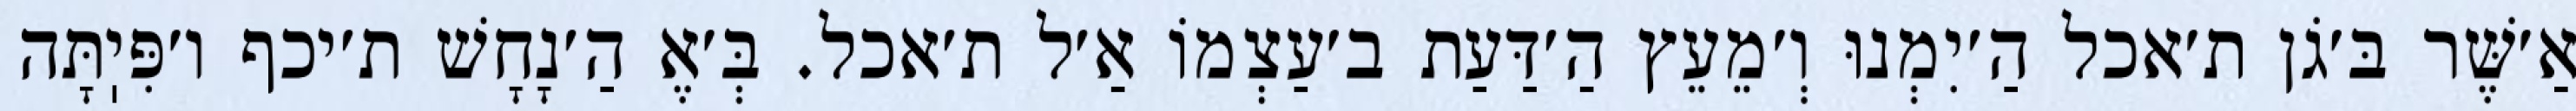
אַ׳שֶּׁר בּ׳גֹן ת׳אכל הַ׳יִמְנוּ וְ׳מֵעֵץ הַ׳דַּעַת ב׳עַצְמוֹ אַ׳ל ת׳אכל. בְּ׳אֶ הַ׳נָחָשׁ ת׳יכף ו׳פִּיֽתָּה